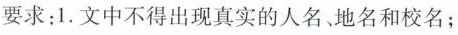
要求：1.文中不得出现真实的人名、地名和校名；